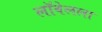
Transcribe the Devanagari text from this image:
लॉवेलला